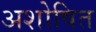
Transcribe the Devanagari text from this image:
अशोषित